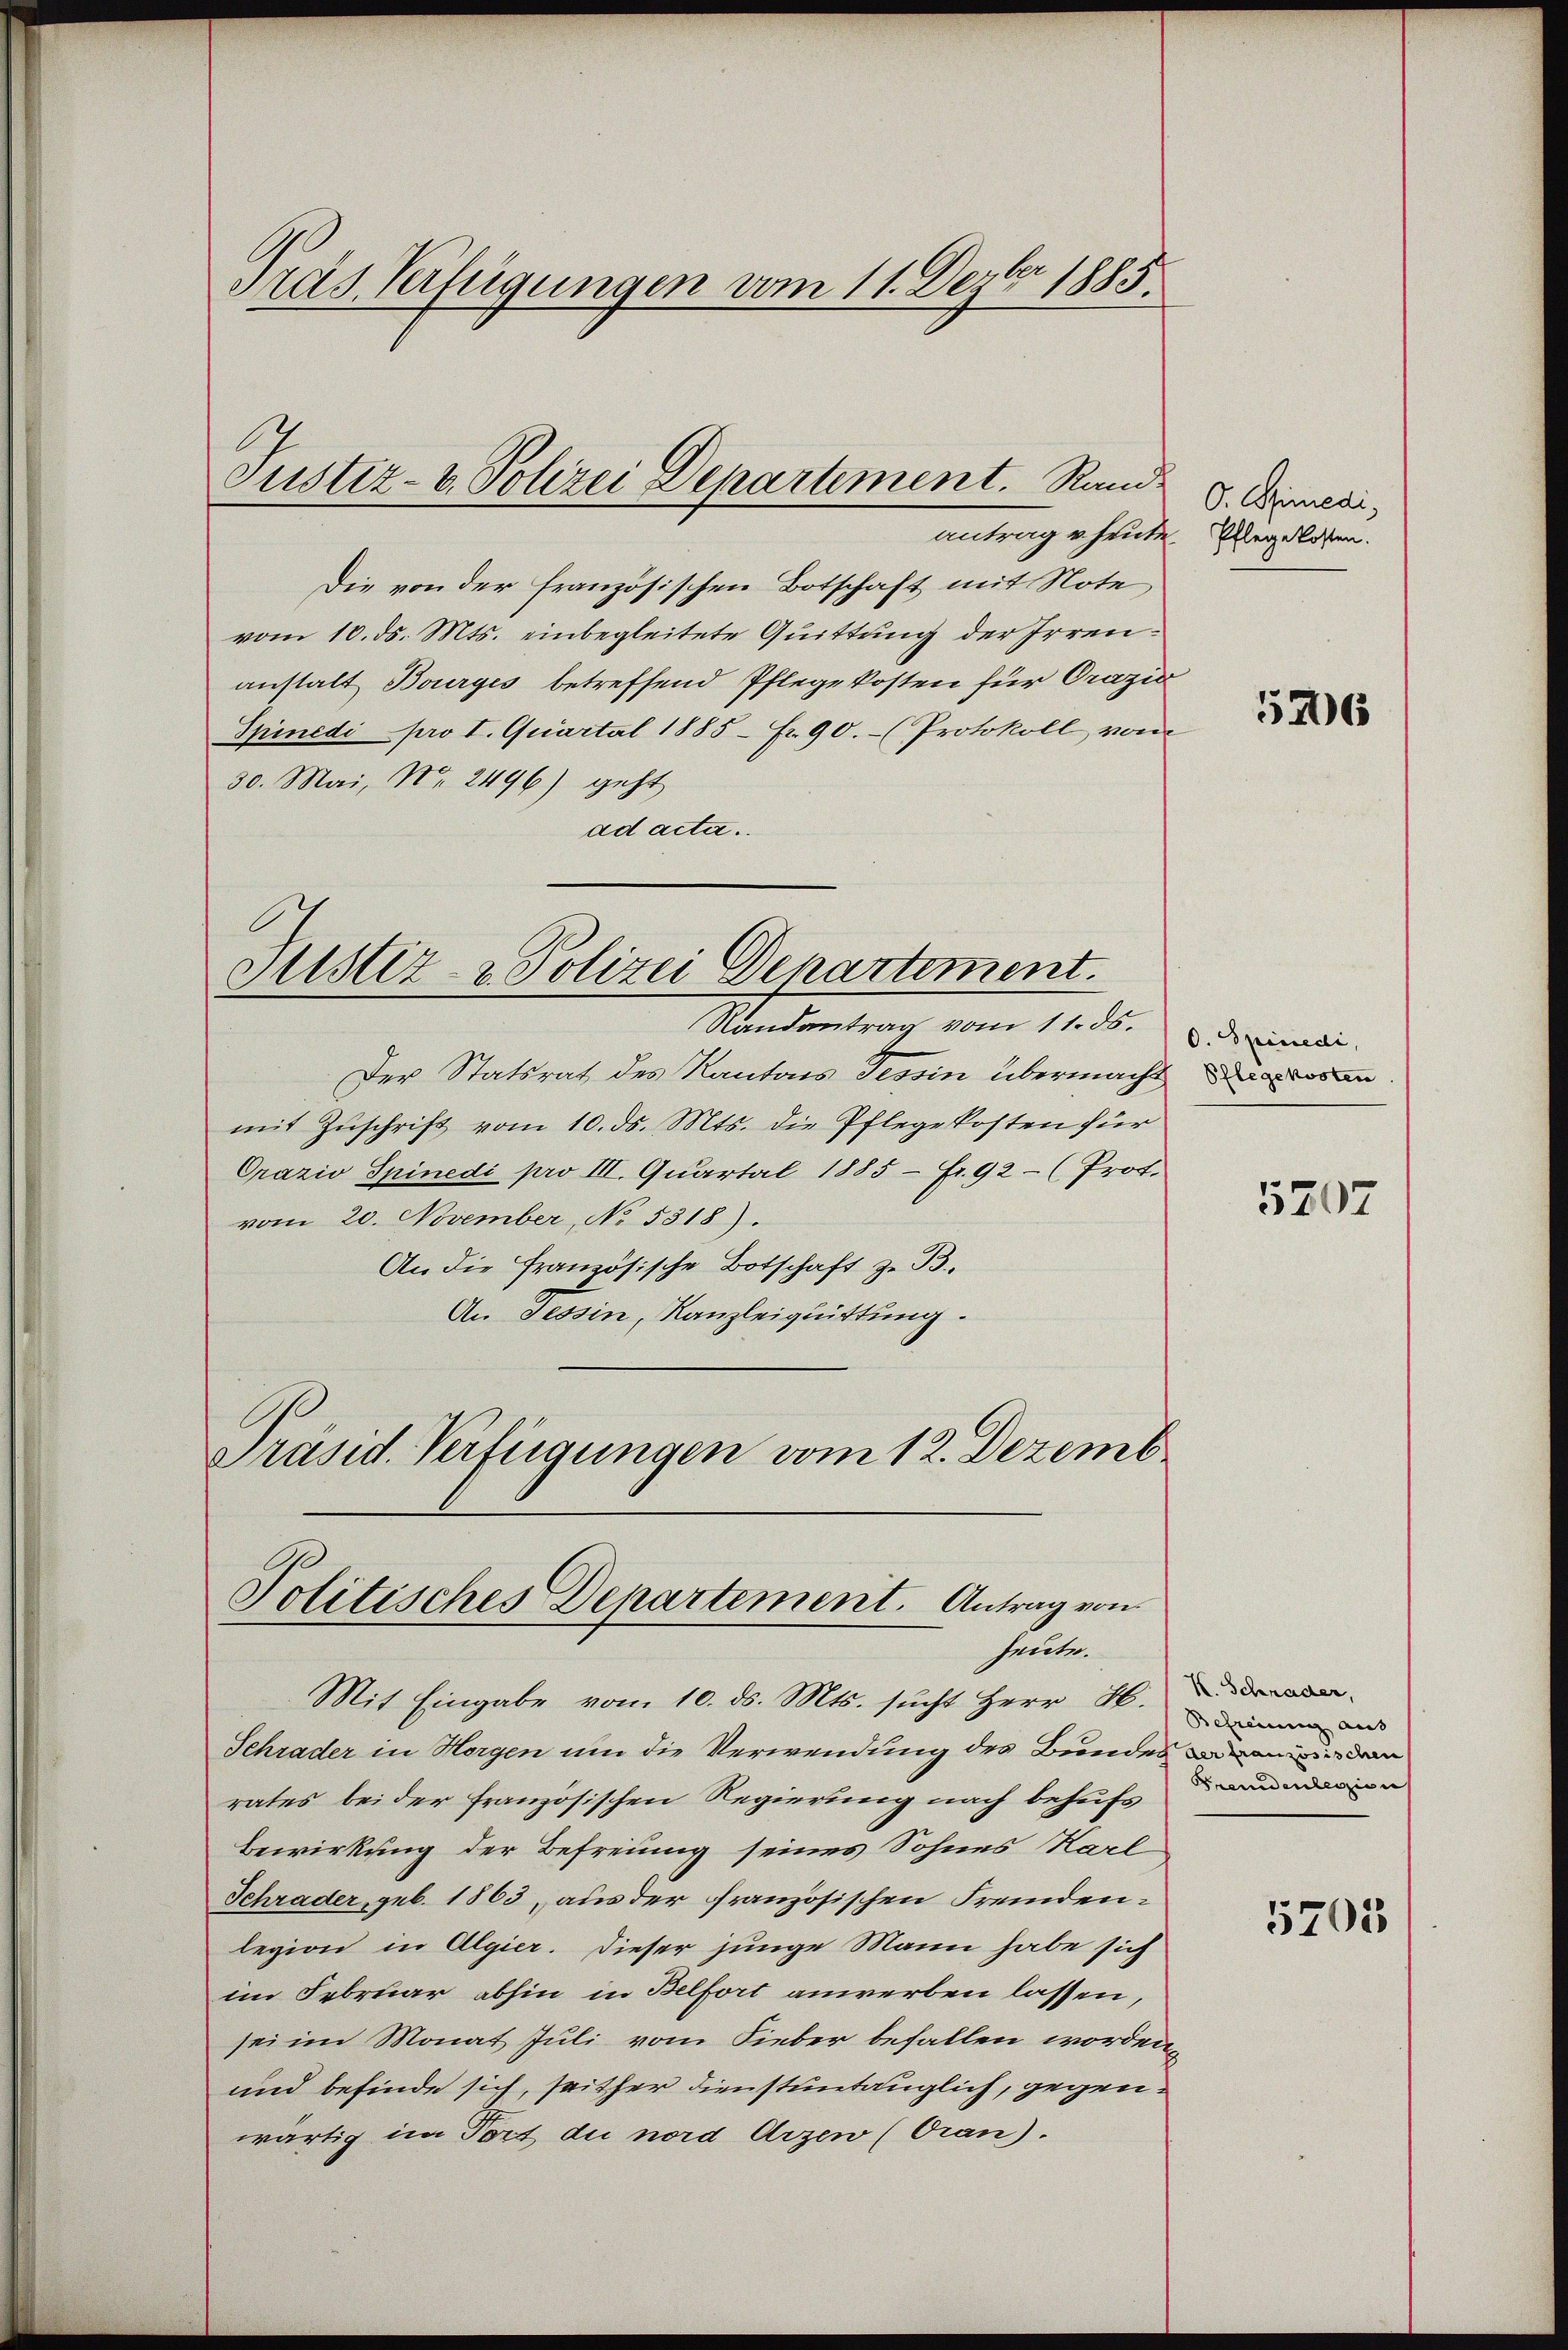
Die von der französischen Botschaft mit Note
vom 10. ds. Mts. einbegleitete Quittung der Irrenanstalt Bourges betreffend Pflegekosten für Orazia
Spinedi pro I. Quartal 1885 Fr. 90.- (Protokoll vom
30. Mai, Nr. 2496) geht
ad acta.

Pras Verfügungen vom 11. Dezbr 1885.

Justiz- & Polizei Departement. Rand
antrag u. heute.

Justiz- & Polizei Departement.

Randantrag vom 11. ds.
Der Statsrat des Kantons Tessin übermacht an
mit Zuschrift vom 10. ds. Mts. die Pflegekosten für
Orazio Spinedi pro III. Quartal 1885 - Fr. 92 - (Prot.
vom 20. November, No. 5318).
An die Französische Botschaft zu B.
An Tessin, Kanzleiquittung.
Präsid. Verfügungen vom 12. Dezemb

Politisches Departement. Antrag von
heute.

Mit Eingabe vom 10. ds. Mts. sucht Herr H.
Schrader in Horgen um die Verwendung des Bundes an in dem
rates bei der französischen Regierung nach behufs
Bewirkung der Befreung seines Sohnes Karl
Schrader, geb. 1863 aus der französischen Fremdenlegion in Algier. Dieser junge Mann habe sich
im Februar abhin in Belfort anwerben lassen,
sei im Monat Juli vom Fieber befallen worden,
und befinde sich, seither dienstuntauglich, gegenwärtig im Tort du nord Arzen (Oran).

O. Simedi¬
Pflegekosten.

5706

O. Spinedi,

5207

K. Schrader,
Befreiung aus
Freudentenzion

5705